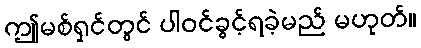
ဤမစ်ရှင်တွင် ပါဝင်ခွင့်ရခဲ့မည် မဟုတ်။